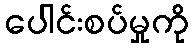
ပေါင်းစပ်မှုကို